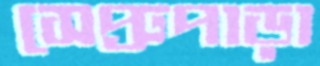
সেপ্রুপাড়া